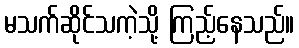
မသက်ဆိုင်သကဲ့သို့ ကြည့်နေသည်။